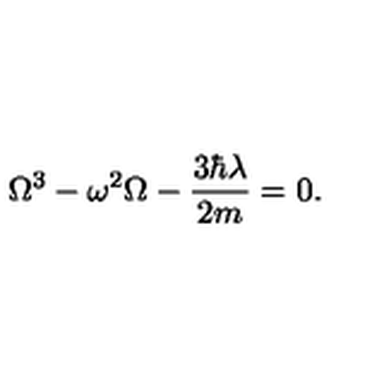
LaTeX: \Omega ^ { 3 } - \omega ^ { 2 } \Omega - \frac { 3 \hbar \lambda } { 2 m } = 0 .